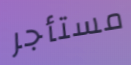
مستأجر